Vaccination in Bombay 1913-1923 - 1913-1923
Year: 1913
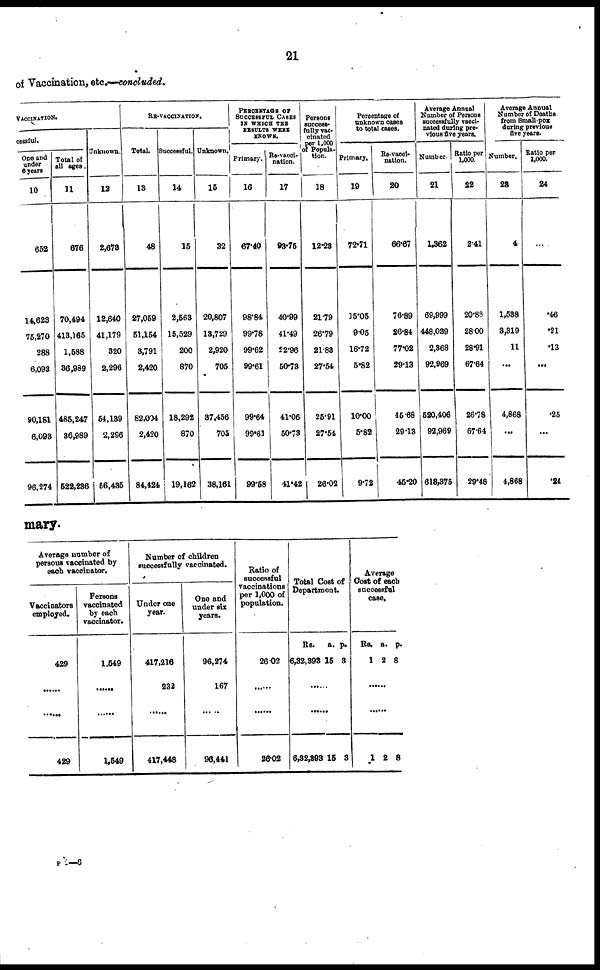
21
of Vaccination, etc.—concluded.
VACCINATION.
cessful.
One and
under
6 years
10
652
14,623
75,270
288
6,093
90,181
6,093
96,274
Total of
all ages.
11
676
70,494
413,165
1,588
36,989
485,247
36,989
522,236
Unknown.
12
2,673
12,640
41,179
320
2,296
54,139
2,286
56,435
RE-VACCINATION.
Total.
13
48
27,059
51,154
3,791
2,420
82,004
2,420
84,424
Successful.
14
15
2,563
15,529
200
870
18,292
870
19,162
Unknown.
15
32
20,807
13,729
2,920
705
37,456
705
38,161
PERCENTAGE OF
SUCCESSFUL CASES
IN WHICH THE
RESULTS WERE
KNOWN.
Primary.
16
67.40
98.84
99.78
99.62
99.61
99.64
99.61
99.58
Re-vacci¬
nation.
17
93.76
40.99
41.49
22.96
50.73
41.06
50.73
41.42
Persons
success¬
fully vac-
cinated
per 1,000
of Popula-
tion.
18
12.23
21.79
26.79
21.88
27.54
25.91
27.54
26.02
Percentage of
unknown cases
to total cases.
Primary.
19
72.71
15.05
9.05
16.72
5.82
10.00
5.82
9.72
Re-vacci¬
nation.
20
66.67
76·89
26.84
77.02
29.13
45.68
29.13
45.20
Average Annual
Number of Persons
successfully vacci-
nated during pre-
vious five years.
Number.
21
1,362
69,999
448,039
2,368
92,969
520,406
92,969
613,375
Ratio per
1,000.
22
2.41
20.88
28.00
28.91
67.64
26.78
67.64
29.48
Average Annual
Number of Deaths
from Small-pox
during previous
five years.
Number,
23
4
1,538
3,319
11
...
4,868
...
4,868
Ratio per
1,000.
24
...
.46
.21
.13
...
.25
...
.24
mary.
Average number of
persons vaccinated by
each vaccinator.
Vaccinators
employed.
429
......
......
429
Persons
vaccinated
by each
vaccinator.
1,549
......
......
1,549
Number of children
successfully vaccinated.
Under one
year.
417,216
232
......
417,448
One and
under six
years.
96,274
167
......
96,441
Ratio of
successful
vaccinations
per 1,000 of
population.
26.02
......
......
26.02
Total Cost of
Department.
Rs.
6,32,393
a.
15
p.
3
......
......
6,32,393 15 3
Average
Cost of each
successful
case.
Rs.
1
a.
2
p.
8
......
......
1 2 8
P 2—6